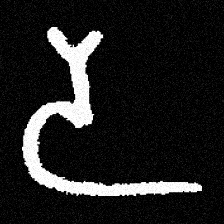
Pyu character \u2014 Myanmar letter: ဒ (romanized: da)